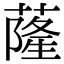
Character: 蕯